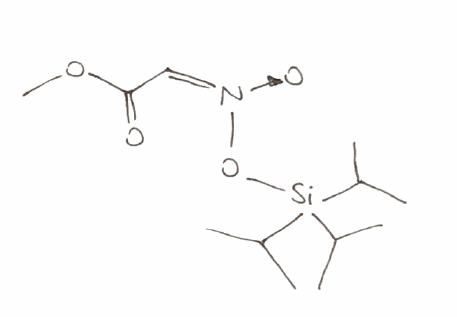
Simplified molecular-input line-entry system (SMILES) notation of the given molecule:
CC(C)[Si](C(C)C)(C(C)C)O/[N+](=C\C(=O)OC)/[O-]